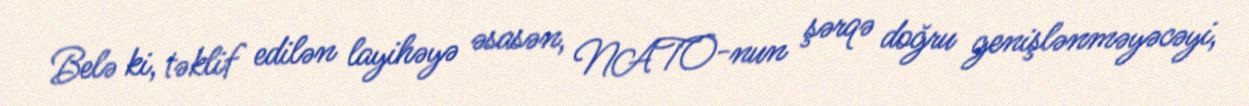
Belə ki, təklif edilən layihəyə əsasən, NATO-nun şərqə doğru genişlənməyəcəyi,